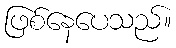
ဖြစ်နေပေသည်။